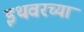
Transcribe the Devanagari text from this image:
इथवरच्या